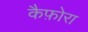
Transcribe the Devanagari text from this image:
कैफ़ोरा